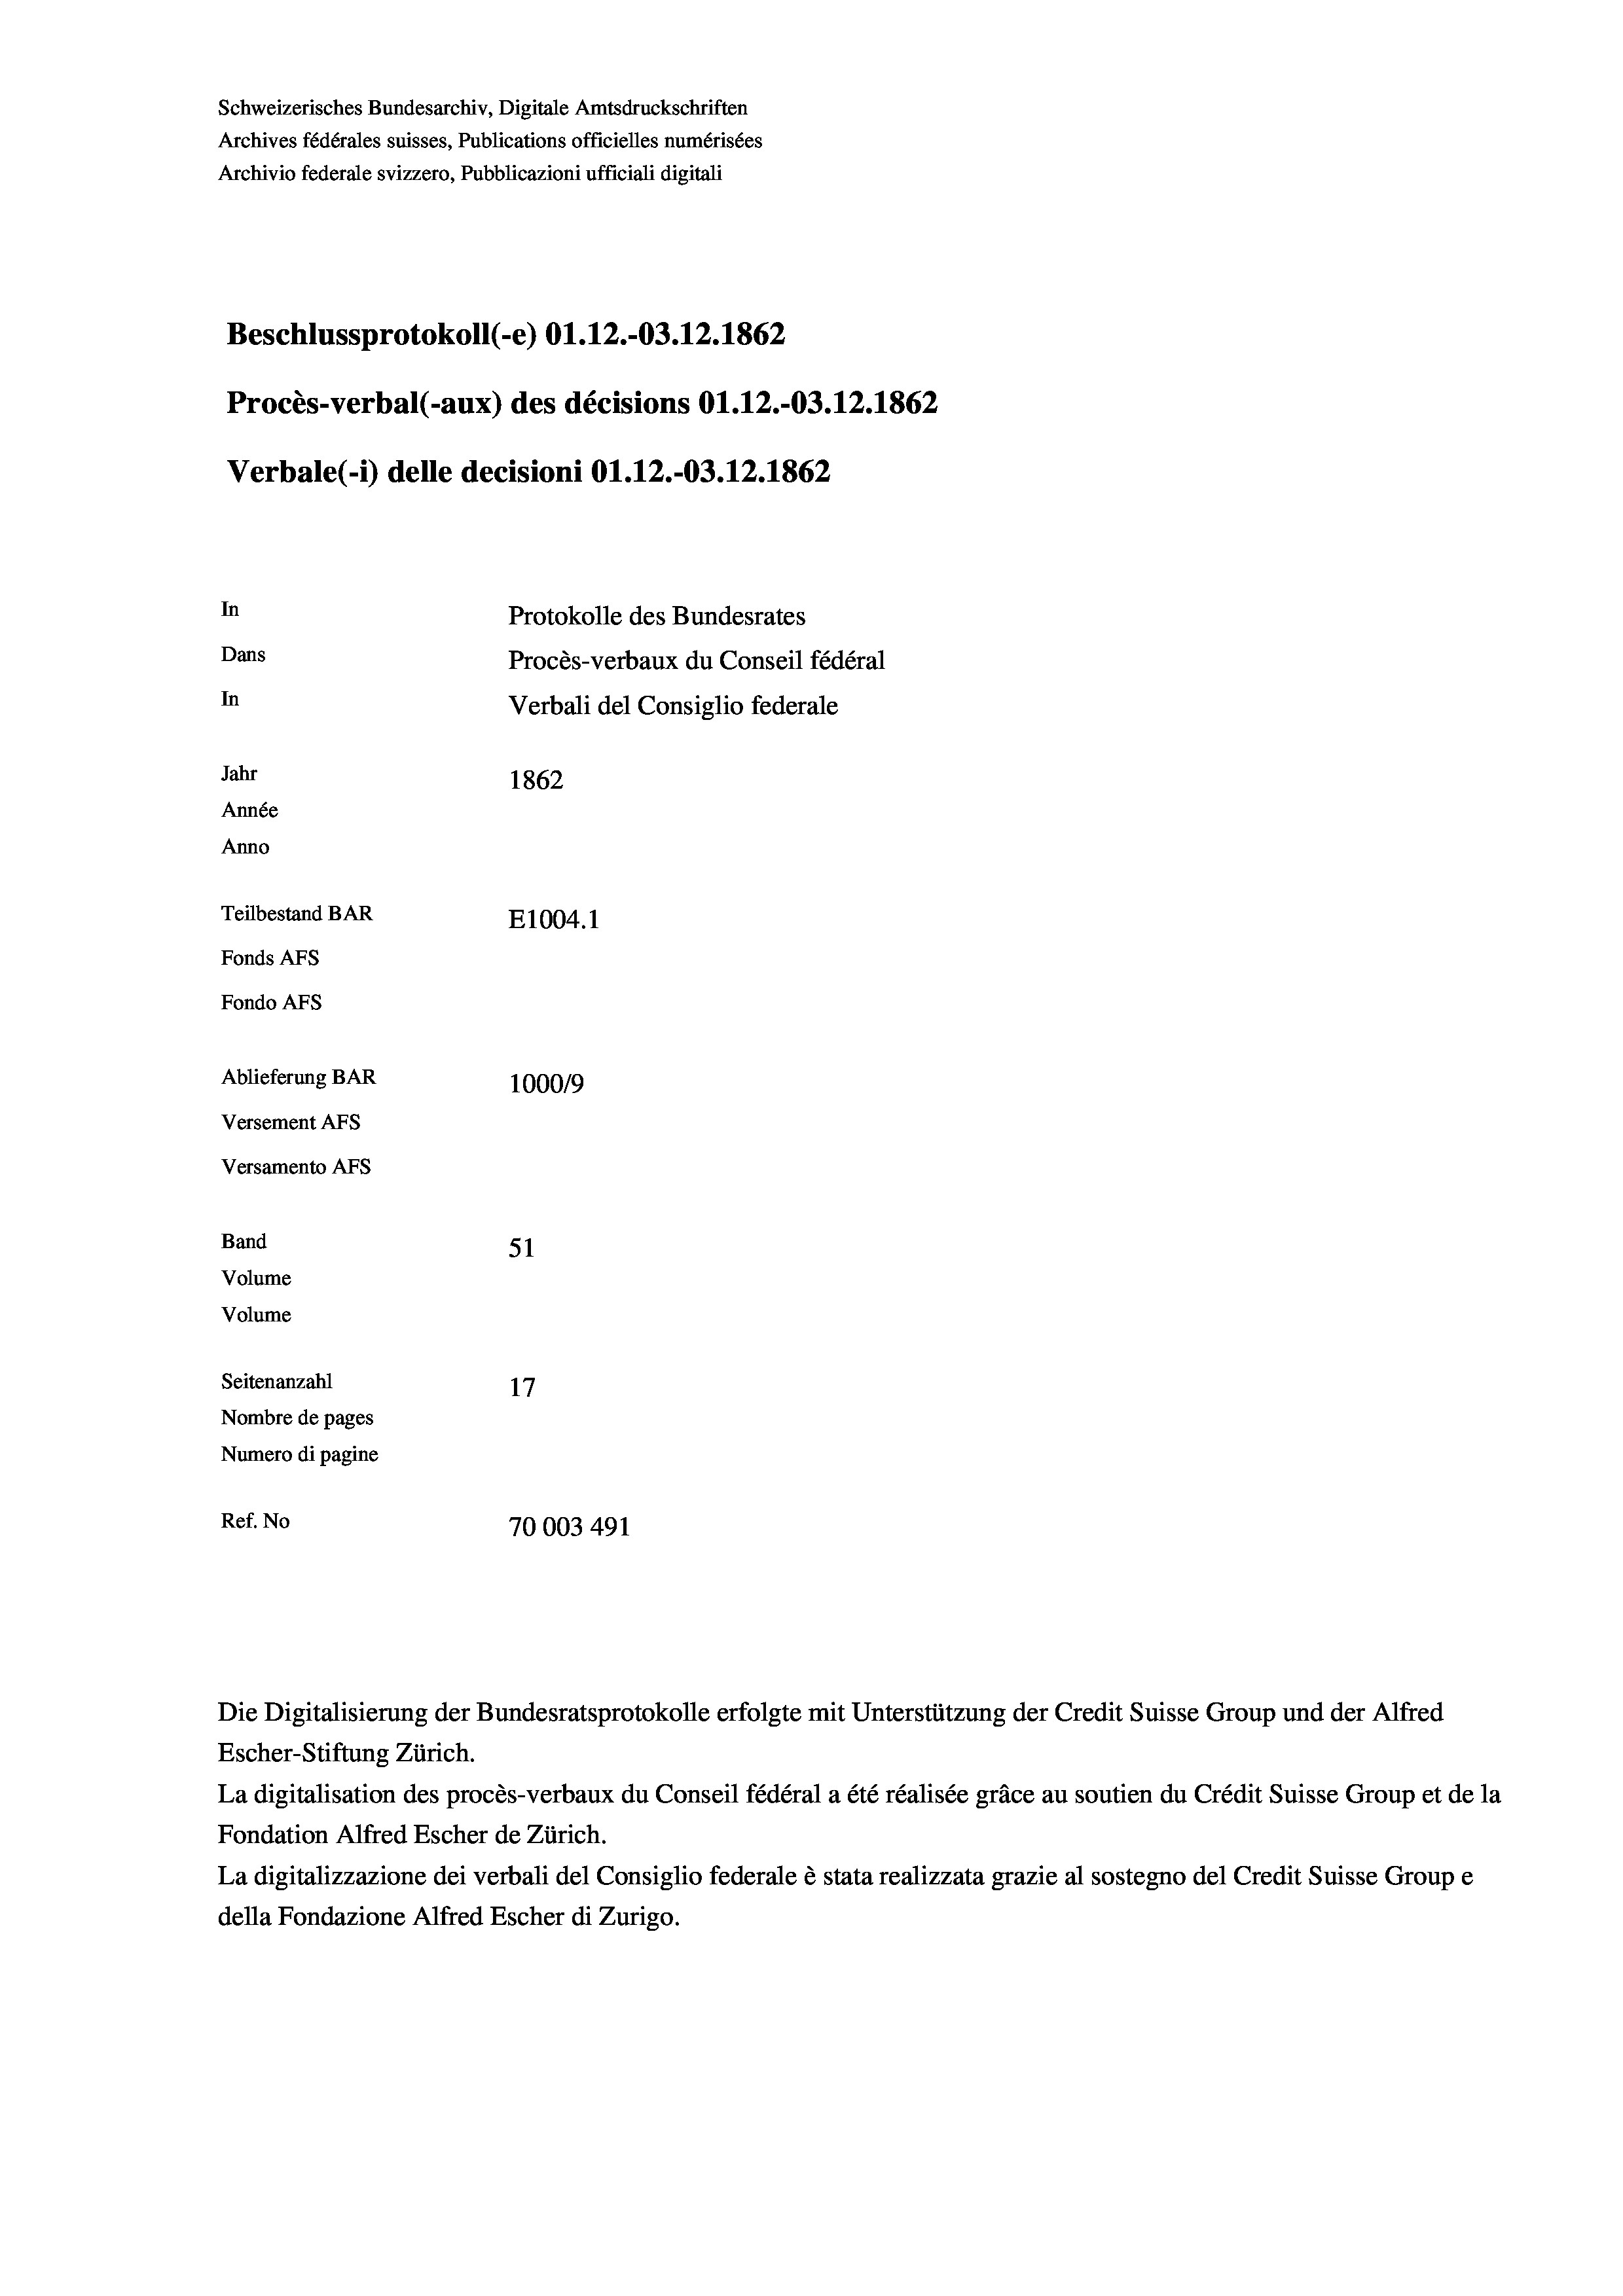
Schweizerisches Bundesarchiv, Digitale Amtsdruckschriften
Archives fédérales suisses, Publications officielles numérisées
Archivio federale svizzero, Pubblicazioni ufficiali digitali
Beschlussprotokoll (-e) 01.12.-03. 12. 1862
Procès-verbal (-aux) des décisions O1.12.-03.12.1862
Verbale(-*) delle decisioni O1.12.-03. 12. 1862
In
Protokolle des Bundesrates
Dans
Procès-verbaux du Conseil fédéral
In
Verbali del Consiglio federale
Jahr
1862
Année
Anno
Teilbestand BAR
E1004. 1
Fonds AFs
Fondo AFs
Ablieferung BAR
100019
Versement AFs
Versamento AFs
Band
51
Volume
Volume
Seitenanzahl
17
Nombre de pages
Numero di pagine
Ref. No
70003 491

La digitalisation des procès-verbaux du Conseil fédéral a été réalisée gräce au soutien du Crédit Suisse Group et de la
Fondation Alfred Escher de Zürich.
La digitalizzazione dei verbali del Consiglio federale è stata realizzata grazie al sostegno del Credit Suisse Groupe
della Fondazione Alfred Escher di Zurigo.

Die Digitalisierung der Bundesratsprotokolle erfolgte mit Unterstützung der Credit Suisse Group und der Alfred
Escher-Stiftung Zürich.